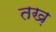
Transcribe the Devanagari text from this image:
तख़